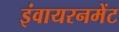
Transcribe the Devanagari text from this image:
इंवायरनमेंट